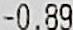
-0.89